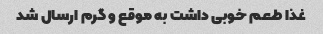
غذا طعم خوبی داشت به موقع و گرم ارسال شد